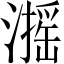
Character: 𱩋